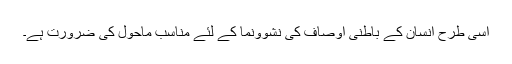
اسی طرح انسان کے باطنی اوصاف کی نشوونما کے لئے مناسب ماحول کی ضرورت ہے۔